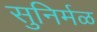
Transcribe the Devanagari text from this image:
सुनिर्मळ